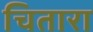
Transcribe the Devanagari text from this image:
चितारा